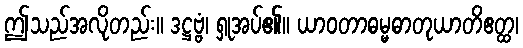
ဤသည်အလိုတည်း။ ဒဋ္ဌဗ္ဗံ၊ ရှုအပ်၏။ ယာဝတာဓမ္မဓာတုယာတိဧတ္ထ၊